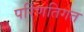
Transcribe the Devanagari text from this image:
परिणतिगत